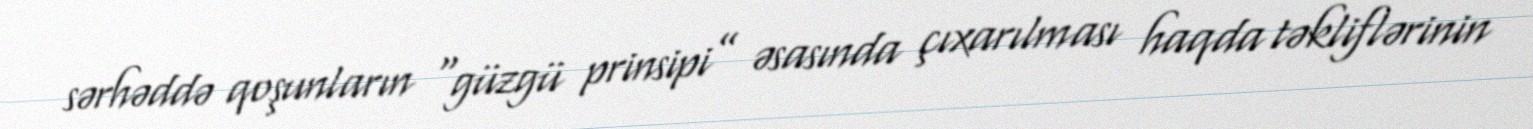
sərhəddə qoşunların “güzgü prinsipi” əsasında çıxarılması haqda təkliflərinin